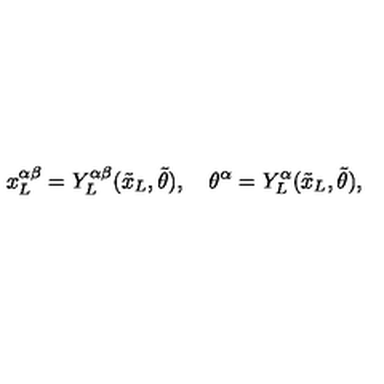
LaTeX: { x _ { L } ^ { \alpha \beta } } = Y _ { L } ^ { \alpha \beta } ( { \tilde { x } _ { L } } , { \tilde { \theta } } ) , \quad { \theta ^ { \alpha } } = Y _ { L } ^ { \alpha } ( { \tilde { x } _ { L } } , { \tilde { \theta } } ) ,